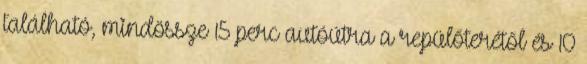
található, mindössze 15 perc autóútra a repülőterétől és 10